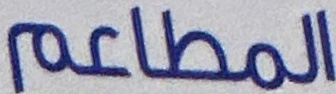
المطاعم